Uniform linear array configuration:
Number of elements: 8
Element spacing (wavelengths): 0.25
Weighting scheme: cosine
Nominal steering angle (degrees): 0
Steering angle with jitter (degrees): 1.231
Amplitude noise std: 0.05
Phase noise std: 0.05

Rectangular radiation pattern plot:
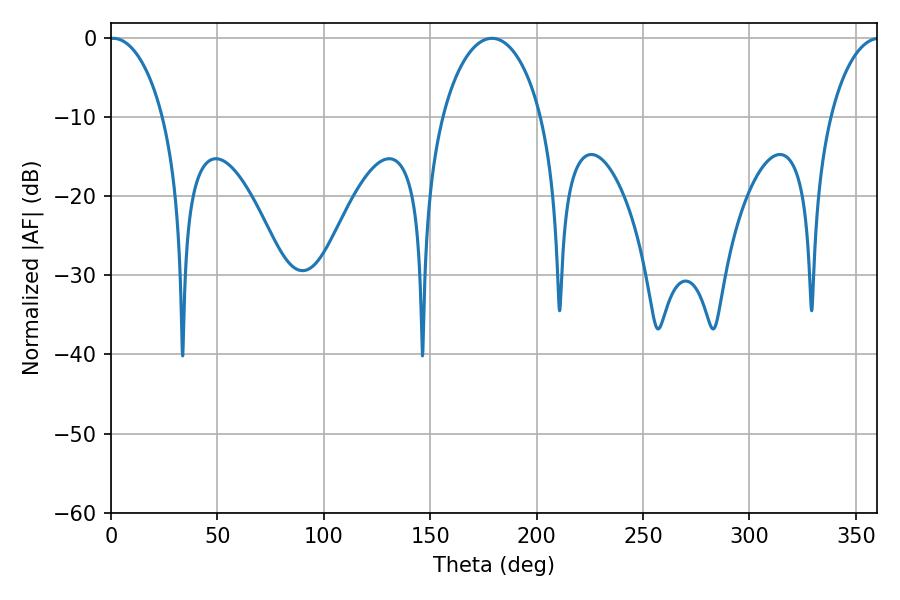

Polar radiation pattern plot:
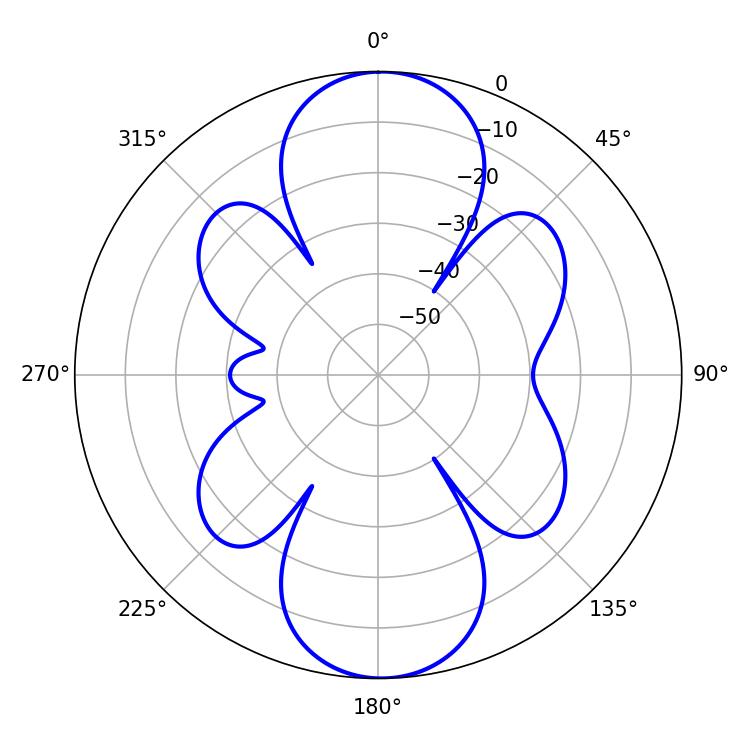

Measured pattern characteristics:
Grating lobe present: FALSE
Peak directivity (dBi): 20.084
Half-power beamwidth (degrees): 14.4
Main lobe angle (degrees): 1.08